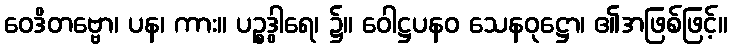
ဝေဒိတဗ္ဗော၊ ပန၊ ကား။ ပဉ္စဒွါရေ၊ ၌။ ဝေါဋ္ဌပနဝ သေနဝုဋ္ဌော၊ ၏အဖြစ်ဖြင့်။